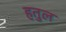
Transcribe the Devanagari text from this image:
हतुल